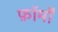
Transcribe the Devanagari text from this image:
फ़ॉर्मों